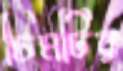
চিমটির